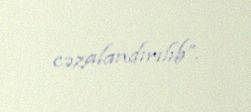
cəzalandırılıb”.